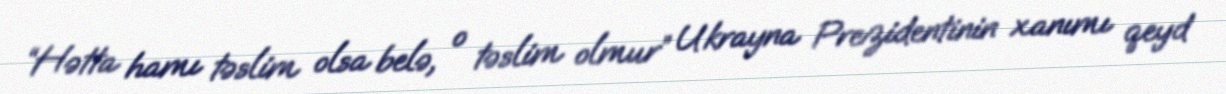
“Hətta hamı təslim olsa belə, o təslim olmur” Ukrayna Prezidentinin xanımı qeyd